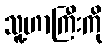
သူ့ဟာကြီးကို